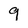
Character: 9